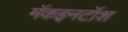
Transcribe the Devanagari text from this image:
मॅकइनटॉश